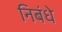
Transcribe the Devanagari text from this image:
निबंधे